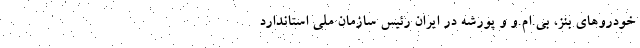
خودروهای بنز، بی.ام.و و پورشه در ایران رئیس سازمان ملی استاندارد